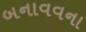
બનાવવના